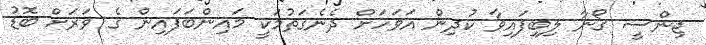
ޖިންސީ ގޯނާ ލިބިފައިވާ ކުދިން އަވަހަށް ދެނެގަތުމަކީ މައިންބަފައިން ގެ ވަރަށް ބޮޑު